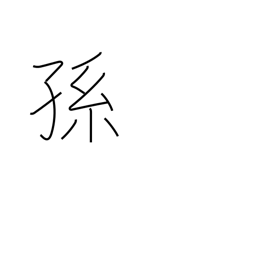
Meaning: descendants